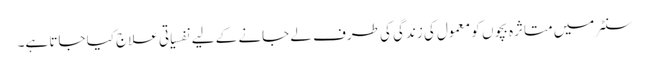
سنٹر میں متاثرہ بچوں کو معمول کی زندگی کی طرف لے جانے کے لیے نفسیاتی علاج کیا جاتا ہے۔